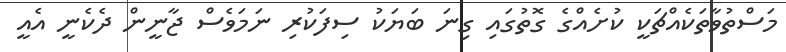
މަސްތުވާތަކެއްޗަކީ ކުށެއްގެ ގޮތުގައި ގިނަ ބަޔަކު ސިފަކުރި ނަމަވެސް ޖާނީން ދެކެނީ އެއީ